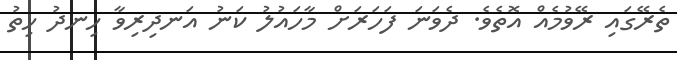
ތެރޭގައި ރޭވުމެއް އޮތެވެ. ދެވަނަ ފަހަރަށް މާހައުލު ކަނު އަނދިރިވާ ހިނދު ހިތު